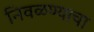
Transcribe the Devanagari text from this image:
निवळण्याचा